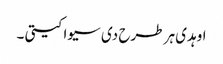
اوہدی ہر طرح دی سیوا کیتی ۔